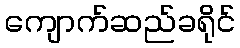
ကျောက်ဆည်ခရိုင်